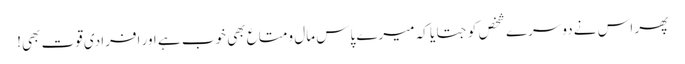
پھر اس نے دوسرے شخص کو جتایا کہ میرے پاس مال و متاع بھی خوب ہے اور افرادی قوت بھی!